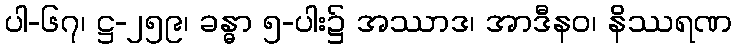
ပါ-၆၇၊ ဋ္ဌ-၂၅၉၊ ခန္ဓာ ၅-ပါး၌ အဿာဒ၊ အာဒီနဝ၊ နိဿရဏ